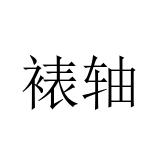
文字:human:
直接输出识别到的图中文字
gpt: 裱轴